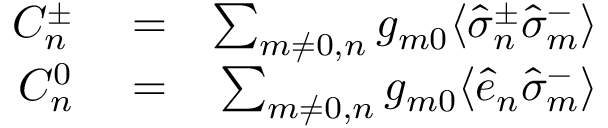
\begin{array} { r l r } { { \cal C } _ { n } ^ { \pm } } & { { } = } & { \sum _ { m \neq 0 , n } g _ { m 0 } \langle \hat { \sigma } _ { n } ^ { \pm } \hat { \sigma } _ { m } ^ { - } \rangle } \\ { { \cal C } _ { n } ^ { 0 } } & { { } = } & { \sum _ { m \neq 0 , n } g _ { m 0 } \langle \hat { e } _ { n } \hat { \sigma } _ { m } ^ { - } \rangle } \end{array}